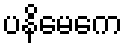
ပနိမေကေ